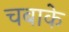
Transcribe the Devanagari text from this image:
चबाके